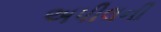
અપીલની